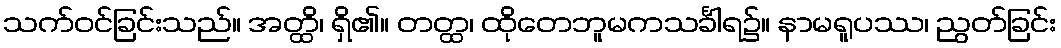
သက်ဝင်ခြင်းသည်။ အတ္ထိ၊ ရှိ၏။ တတ္ထ၊ ထိုတေဘူမကသင်္ခါရ၌။ နာမရူပဿ၊ ညွတ်ခြင်း